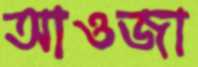
আওজা